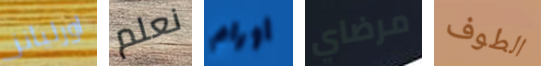
اورليانز نعلم أورام مرضاي الطوف